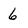
Character: 6